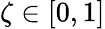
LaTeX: \zeta\in[0,1]